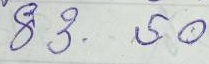
83 - 50